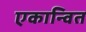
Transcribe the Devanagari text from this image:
एकान्वित